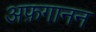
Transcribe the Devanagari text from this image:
अफ़गानन